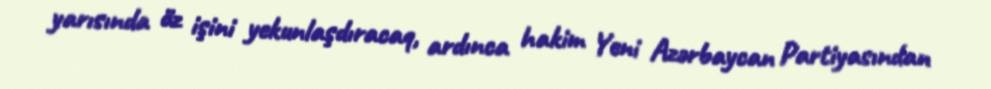
yarısında öz işini yekunlaşdıracaq, ardınca hakim Yeni Azərbaycan Partiyasından